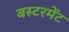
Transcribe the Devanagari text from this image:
बस्टरमेंट